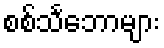
စစ်သင်္ဘောများ